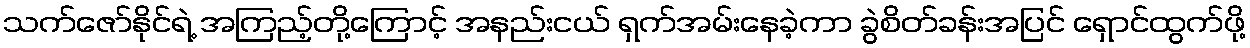
သက်ဇော်နိုင်ရဲ့ အကြည့်တို့ကြောင့် အနည်းငယ် ရှက်အမ်းနေခဲ့ကာ ခွဲစိတ်ခန်းအပြင် ရှောင်ထွက်ဖို့